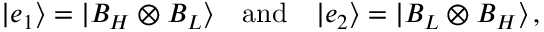
| e _ { 1 } \rangle = | B _ { H } \otimes B _ { L } \rangle \quad \mathrm { a n d } \quad | e _ { 2 } \rangle = | B _ { L } \otimes B _ { H } \rangle \, ,